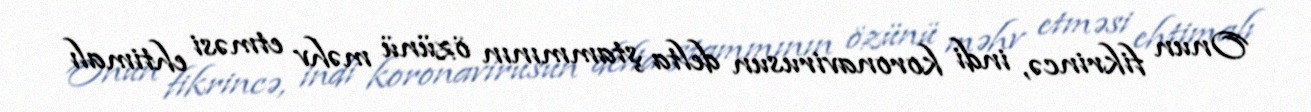
Onun fikrincə, indi koronavirusun delta ştammının özünü məhv etməsi ehtimalı